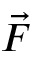
\vec { F }